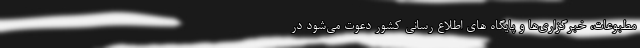
مطبوعات، خبرگزاری‌ها و پایگاه های اطلاع رسانی کشور دعوت می‌شود در